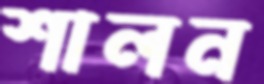
শালন